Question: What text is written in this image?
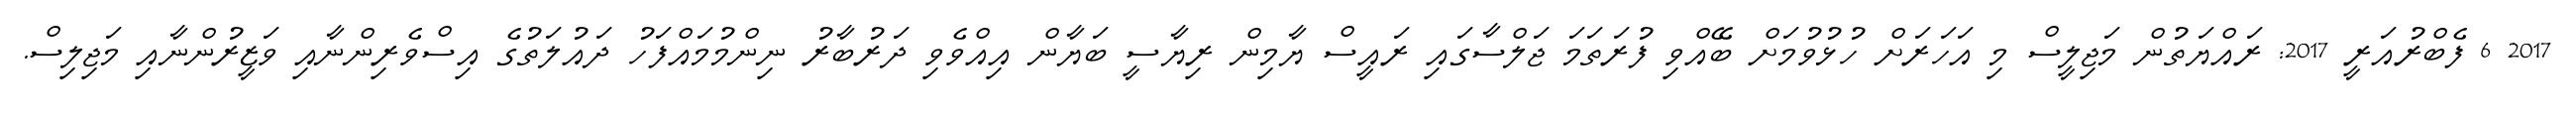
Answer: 2017 6 ފެބްރުއަރީ 2017: ރައްޔަތުން މަޖިލީސް މި އަހަރަށް ހުޅުވުމަށް ބޭއްވި ފުރަތަމަ ޖަލްސާގައި ރައީސް ޔާމިން ރިޔާސީ ބަޔާން އިއްވެވި ދަރުބާރު ނިންމުމައްފަހު ދައުލަތުގެ އިސްވެރިންނާއި ވަޒީރުންނާއި މަޖިލިސް.